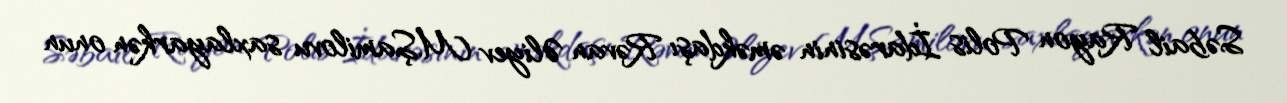
Səbail Rayon Polis İdarəsinin əməkdaşı Rəvan Əliyev M.Şamilovu saxlayarkən onun